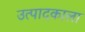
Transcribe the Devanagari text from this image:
उत्पादकाला